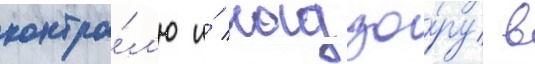
контро́л'ю и́ надзо́ру в